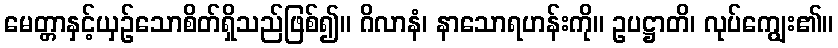
မေတ္တာနှင့်ယှဉ်သောစိတ်ရှိသည်ဖြစ်၍။ ဂိလာနံ၊ နာသောရဟန်းကို။ ဥပဋ္ဌာတိ၊ လုပ်ကျွေး၏။